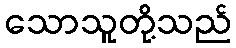
သောသူတို့သည်